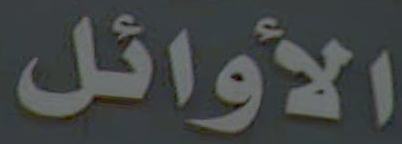
الأوائل